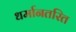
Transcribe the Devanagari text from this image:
धर्मानतरित